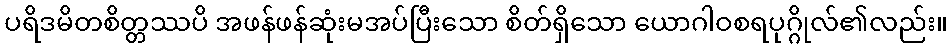
ပရိဒမိတစိတ္တဿပိ အဖန်ဖန်ဆုံးမအပ်ပြီးသော စိတ်ရှိသော ယောဂါဝစရပုဂ္ဂိုလ်၏လည်း။